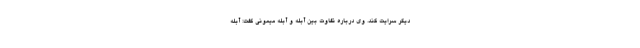
دیگر سرایت کند. وی درباره تفاوت بین آبله و آبله میمونی گفت: آبله